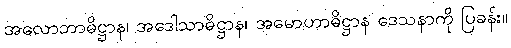
အလောဘာဓိဋ္ဌာန၊ အဒေါသာဓိဋ္ဌာန၊ အမောဟာဓိဋ္ဌာန ဒေသနာကို ပြခန်း။